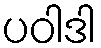
ပဝါဒါ